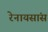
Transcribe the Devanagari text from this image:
रेनायसांस